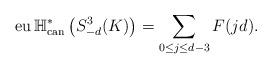
LaTeX: \begin{align*}{\rm eu\, } \mathbb{H}^{\ast}_{{\rm can}}\left(S^3_{-d}(K)\right) =\sum_{ 0\leq j \leq d-3} F(jd).\end{align*}